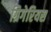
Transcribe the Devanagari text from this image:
ग्रिगेरियस